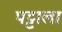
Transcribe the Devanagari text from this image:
पट्टाला